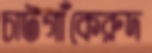
চাটগাঁকেরুদ